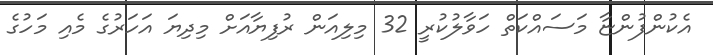
އެކުންފުންޏާ މަސައްކަތް ހަވާލުކުރީ 32 މިލިއަން ރުފިޔާއަށް މިދިޔަ އަހަރުގެ މެއި މަހުގެ